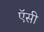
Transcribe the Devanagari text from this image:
ऍसी